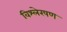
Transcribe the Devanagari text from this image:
विश्लेरषण